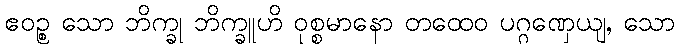
ဧဝဉ္စ သော ဘိက္ခု ဘိက္ခူဟိ ဝုစ္စမာနော တထေဝ ပဂ္ဂဏှေယျ, သော